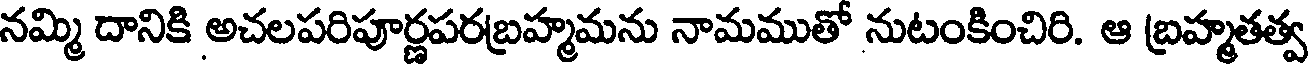
నమ్మి దానికి అచలపరిపూర్ణపరబ్రహ్మమను నామముతో నుటంకించిరి. ఆ బ్రహ్మతత్వ